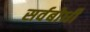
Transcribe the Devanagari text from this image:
सर्वबोधी